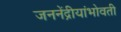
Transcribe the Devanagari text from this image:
जननेंद्रीयांभोवती